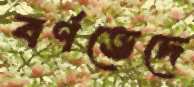
বর্ণভেদে